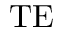
\mathrm { T E }